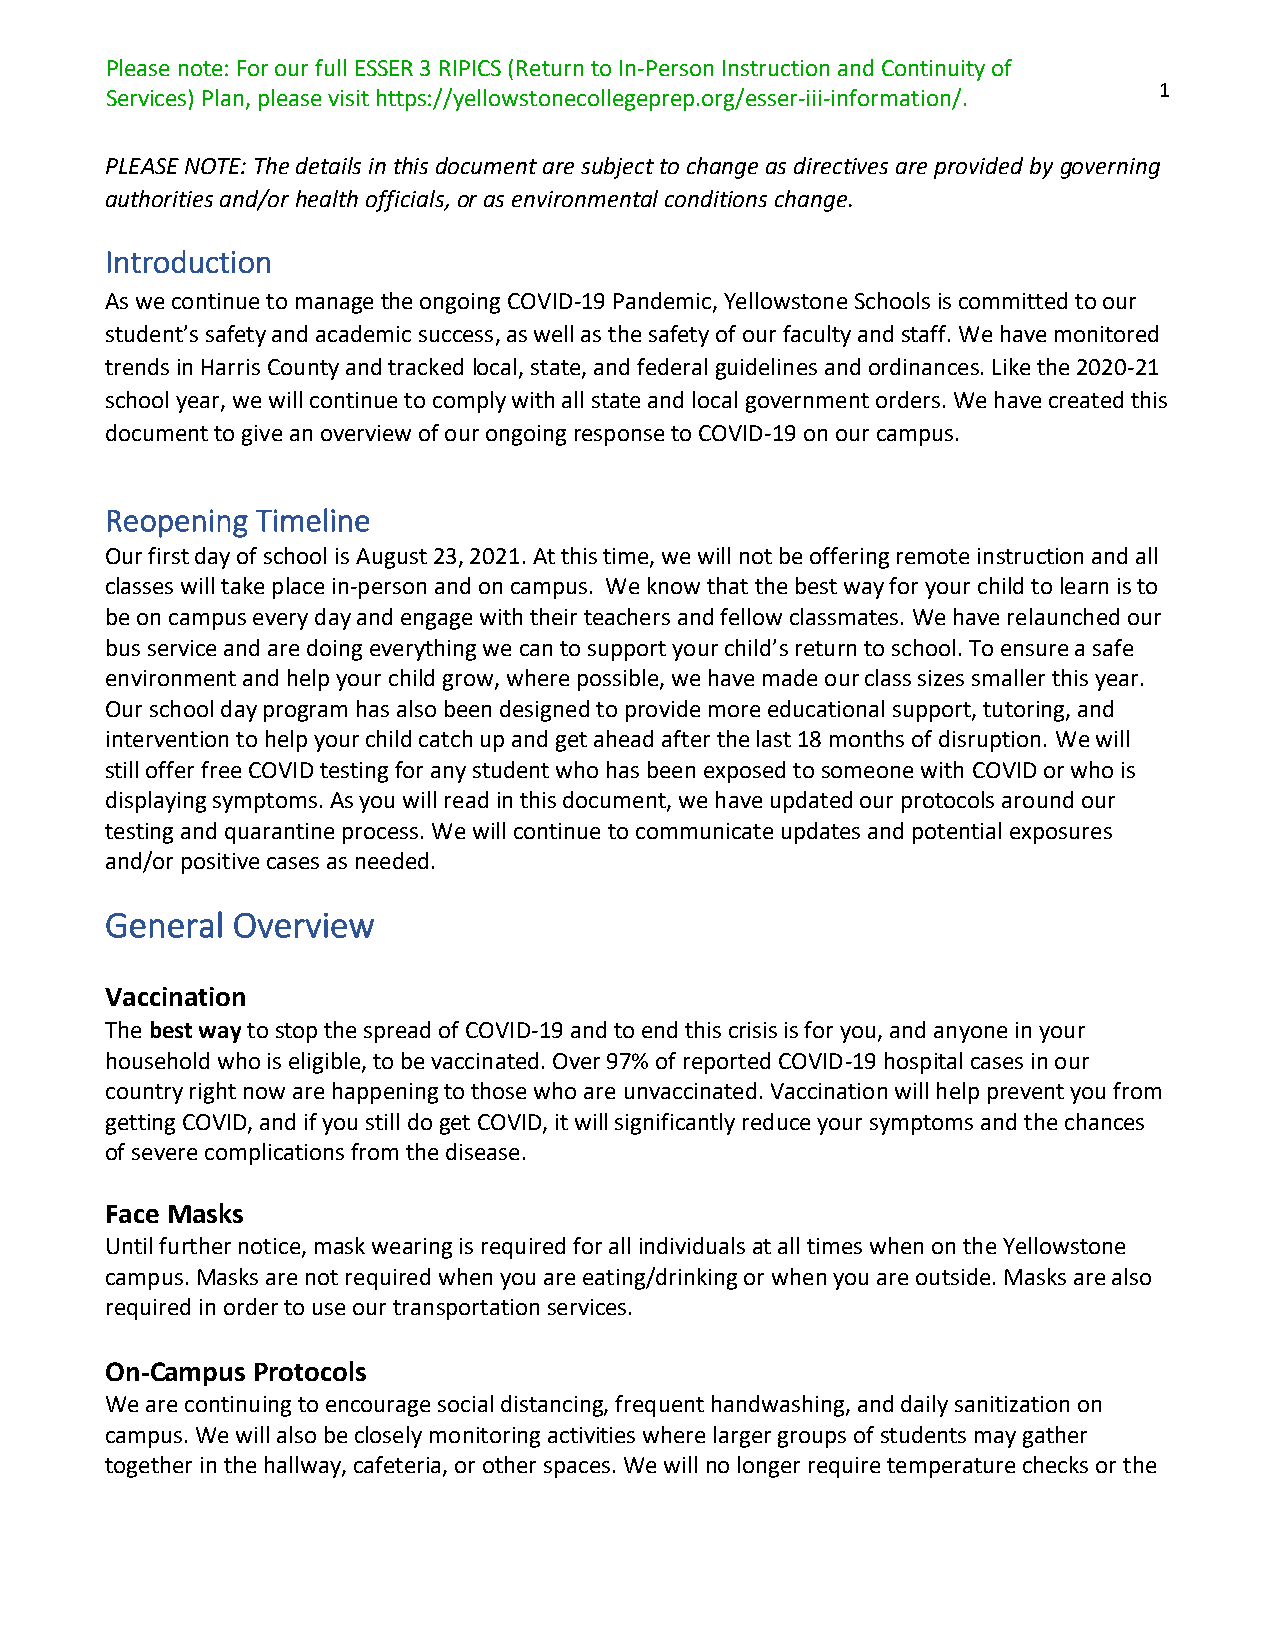
Please note: For our full ESSER 3 RIPICS (Return to In-Person Instruction and Continuity of
 1
 Services) Plan, please visit https://yellowstonecollegeprep.org/esser-iii-information/.
 PLEASE NOTE: The details in this document are subject to change as directives are provided by governing
 authorities and/or health officials, or as environmental conditions change.
 Introduction
 As we continue to manage the ongoing COVID-19 Pandemic, Yellowstone Schools is committed to our
 student’s safety and academic success, as well as the safety of our faculty and staff. We have monitored
 trends in Harris County and tracked local, state, and federal guidelines and ordinances. Like the 2020-21
 school year, we will continue to comply with all state and local government orders. We have created this
 document to give an overview of our ongoing response to COVID-19 on our campus.
 Reopening Timeline
 Our first day of school is August 23, 2021. At this time, we will not be offering remote instruction and all
 classes will take place in-person and on campus. We know that the best way for your child to learn is to
 be on campus every day and engage with their teachers and fellow classmates. We have relaunched our
 bus service and are doing everything we can to support your child’s return to school. To ensure a safe
 environment and help your child grow, where possible, we have made our class sizes smaller this year.
 Our school day program has also been designed to provide more educational support, tutoring, and
 intervention to help your child catch up and get ahead after the last 18 months of disruption. We will
 still offer free COVID testing for any student who has been exposed to someone with COVID or who is
 displaying symptoms. As you will read in this document, we have updated our protocols around our
 testing and quarantine process. We will continue to communicate updates and potential exposures
 and/or positive cases as needed.
 General Overview
 Vaccination
 The best way to stop the spread of COVID-19 and to end this crisis is for you, and anyone in your
 household who is eligible, to be vaccinated. Over 97% of reported COVID-19 hospital cases in our
 country right now are happening to those who are unvaccinated. Vaccination will help prevent you from
 getting COVID, and if you still do get COVID, it will significantly reduce your symptoms and the chances
 of severe complications from the disease.
 Face Masks
 Until further notice, mask wearing is required for all individuals at all times when on the Yellowstone
 campus. Masks are not required when you are eating/drinking or when you are outside. Masks are also
 required in order to use our transportation services.
 On-Campus Protocols
 We are continuing to encourage social distancing, frequent handwashing, and daily sanitization on
 campus. We will also be closely monitoring activities where larger groups of students may gather
 together in the hallway, cafeteria, or other spaces. We will no longer require temperature checks or the